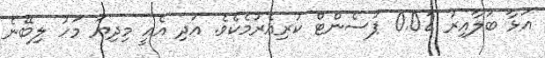
އަޅާ ބަލާއިރު 0.02 ޕަސެންޓް ކުރިއެރުމެކެވެ. އަދި އެއީ މިދިޔަ މަހު ލިބޭނެ